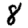
Digit: 8